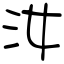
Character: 汝